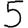
Digit: 5